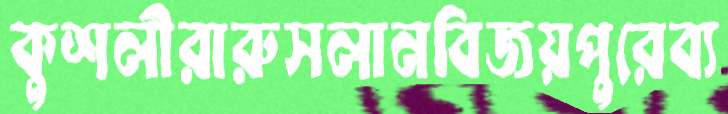
কুশলীরারুসলানবিজয়পুরেব্য